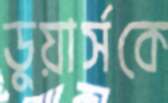
ডুয়ার্সকে